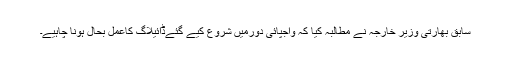
سابق بھارتی وزیر خارجہ نے مطالبہ کیا کہ واجپائی دورمیں شروع کیے گئےڈائیلاگ کاعمل بحال ہونا چاہیے۔